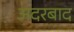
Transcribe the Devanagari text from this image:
अदरबाद